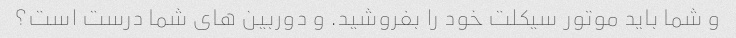
و شما باید موتور سیکلت خود را بفروشید. و دوربین های شما درست است؟